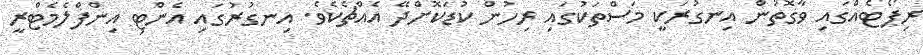
ރިޕޯޓެއްގައި ވާގޮތުން އިނގުރަކީ މަސްތަކުގައި ރިހުން ކުޑަކޮށްދޭ އެއްޗެކެވެ. އިނގުރުގައި އެންޓި އިންފްލެމެޓްރީ